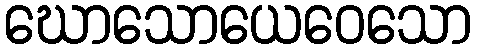
ဃောသောယေဝေသော